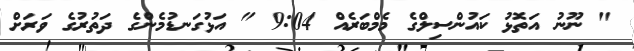
" ނޫނު އަތޮޅު ކައުންސިލްގެ މެމްބަރެއް 9:04 " އަޅުގަނޑުމެންގެ ދަތުރުގެ ވަރަށް